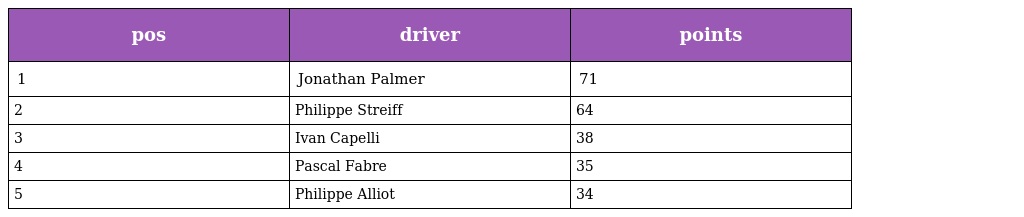
| pos | driver | points |
 | --- | --- | --- |
 | 1 | Jonathan Palmer | 71 |
 | 2 | Philippe Streiff | 64 |
 | 3 | Ivan Capelli | 38 |
 | 4 | Pascal Fabre | 35 |
 | 5 | Philippe Alliot | 34 |